Vaccination in Bombay 1889-1901 - 1889-1901
Year: 1889
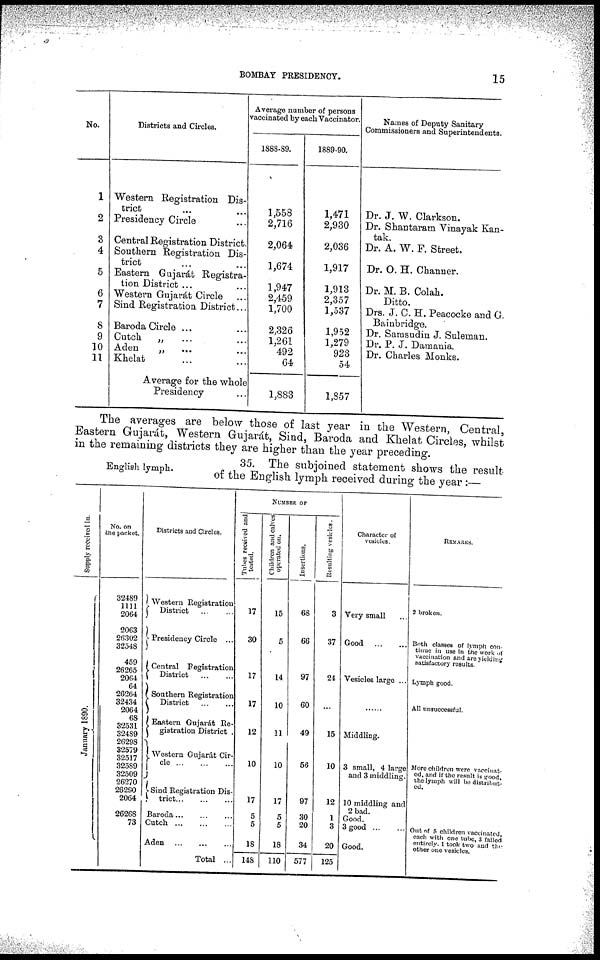
BOMBAY PRESIDENCY.
15
No.
1
2
3
4
5
6
7
8
9
10
11
Districts and Circles.
Western Registration Dis-
trict ... ...
Presidency Circle ...
Central Registration District.
Southern Registration Dis-
trict ... ...
Eastern Gujarát Registra-
tion District ...
Western Gujarát Circle ...
Sind Registration District...
Baroda Circle ... ...
Cutch
„ ... ...
Aden
„ ... ...
Khelat ... ...
Average for the whole
Presidency ...
Average number of persons
vaccinated by each Vaccinator.
1888-89.
1,558
2,716
2,064
1,674
1,947
2,459
1,700
2,326
1,261
492
64
1,883
1889-90.
1,471
2,930
2,036
1,917
1,913
2,357
1,537
1,952
1,279
923
54
1,857
Names of Deputy Sanitary
Commissioners and Superintendents.
Dr. J. W. Clarkson.
Dr. Shantaram Vinayak Kan-
tak.
Dr. A. W. F. Street.
Dr. O. H. Channer.
Dr. M. B. Colah.
Ditto.
Drs. J. C. H. Peacocke and G.
Bainbridge.
Dr. Sarasudin J. Suleman.
Dr. P. J. Damania.
Dr. Charles Monks.
The averages are below those of last year in the Western, Central,
Eastern Gujarát, Western Gujarát, Sind, Baroda and Khelat Circles, whilst
in the remaining districts they are higher than the year preceding.
English lymph.
35. The subjoined statement shows the result
of the English lymph received during the year :—
Supply received in.
January 1890.
No. on
the packet.
32489
1111
2064
2063
26302
32548
459
26265
2064
64
26264
32434
2064
68
32531
32489
26298
32579
32517
32589
32509
26270
26290
2064
26268
73
Districts and Circles.
Western Registration
District
...
...
Presidency Circle ...
Central Registration
District
...
...
Southern Registration
District
...
...
Eastern Gujarát Re-
gistration District .
Western Gujarát Cir-
cle
...
...
...
Sind Registration Dis-
trict...
...
...
Baroda
...
...
...
Cutch
...
...
...
Aden
...
...
...
Total ...
NUMBER OF
Tubes received and
tested.
17
30
17
17
12
10
17
5
5
18
148
Children and calves
operated on.
15
5
14
10
11
10
17
5
5
18
110
Insertions.
68
66
97
60
49
56
97
30
20
34
577
Resulting vesicles.
3
37
24
...
15
10
12
1
3
20
125
Character of
vesicles.
Very small ...
Good
...
...
Vesicles large ...
......
Middling.
3 small, 4 large
and 3 middling.
10 middling and
2 bad.
Good.
3 good
...
...
Good.
REMARKS.
2 broken.
Both classes of lymph con-
tinue in use in the work of
vaccination and are yielding
satisfactory results.
Lymph good.
All unsuccessful.
More children were vaccinat-
ed, and if the result is good,
the lymph will be distribut-
---
Out of 5 children vaccinated,
each with one tube, 3 failed
entirely, 1 took two and the
other one vesicles.